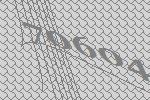
70604